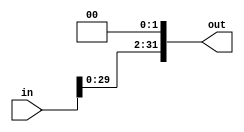
module ShiftLeftTwice #(parameter length=32 )(
input    [length-1:0]   in,
output   [length-1:0]   out
);

assign out = in<<2 ;

endmodule